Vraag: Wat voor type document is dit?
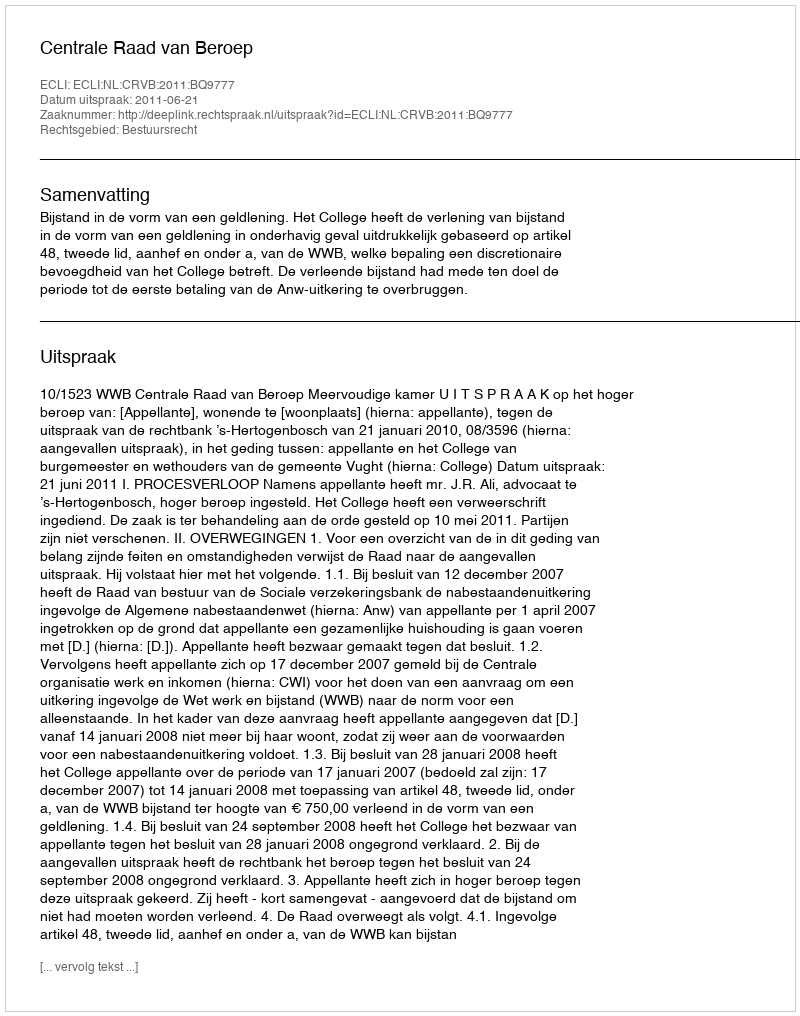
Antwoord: Uitspraak